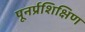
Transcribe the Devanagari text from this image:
पूनर्प्रशिक्षिण